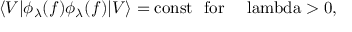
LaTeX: \langle V | \phi _ { \lambda } ( f ) \phi _ { \lambda } ( f ) | V \rangle = \mathrm { c o n s t \ \ f o r \ \ ~ \ l a m b d a > 0 , ~ }